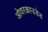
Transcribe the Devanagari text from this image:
ओवरक्राउडेड